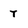
Character: T